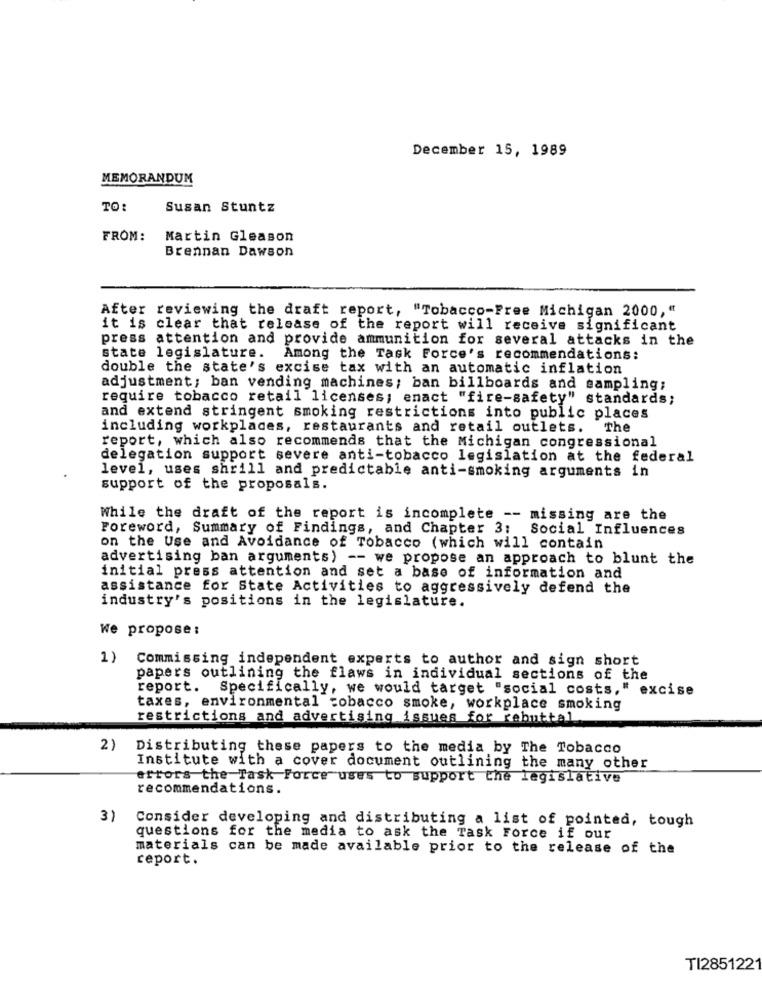
December 15, 1989
MEMORANDUM
TO:
Susan Stuntz
FROM:
Martin Gleason
Brennan Dawson
After reviewing the draft report, "Tobacco-Free Michigan 2000,"
it is clear that release of the report will receive significant
press attention and provide ammunition for several attacks in the
state legislature. Among the Task Force's recommendations:
double the state's excise tax with an automatic inflation
adjustment; ban vending machines; ban billboards and sampling;
require tobacco retail licenses; enact "fire-safety" standards;
and extend stringent smoking restrictions into public places
including workplaces, restaurants and retail outlets.
the
report, which also recommends that the Michigan congressional
delegation support severe anti-tobacco legislation at the federal
level, uses shrill and predictable anti-smoking arguments in
support of the proposals.
While the draft of the report is incomplete -- missing are the
Foreword, Summary of Findings, and Chapter 3: Social Influences
on the Use and Avoidance of Tobacco (which will contain
advertising ban arguments) -- we propose an approach to blunt the
initial press attention and set a base of information and
assistance for State Activities to aggressively defend the
industry's positions in the legislature.
We propose:
1) Commissing independent experts to author and sign short
papers outlining the flaws in individual sections of the
report.
Specifically, we would target "social costs,"
s." excise
taxes, environmental tobacco smoke, workplace smoking
restrictions and advertising issues for rebuttal
2)
Distributing these papers to the media by The Tobacco
Institute with a cover document outlining the many other
errors the Task Force uses to support the legislative
recommendations.
3)
Consider developing and distributing a list of pointed, tough
questions for the media to ask the Task Force if our
materials can be made available prior to the release of the
report.
TI285122